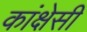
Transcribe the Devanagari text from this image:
कांक्षेसी